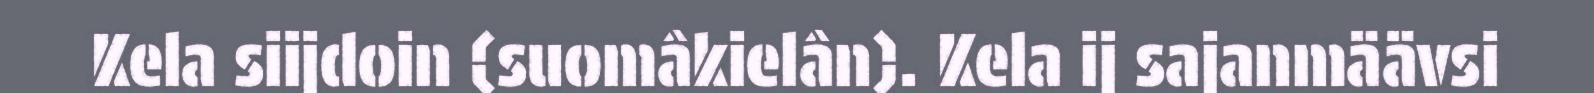
Kela siijdoin (suomâkielân). Kela ij sajanmäävsi